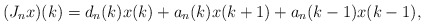
\begin{align*} (J_nx)(k)=d_n(k)x(k)+a_n(k)x(k+1)+a_n(k-1)x(k-1),\end{align*}